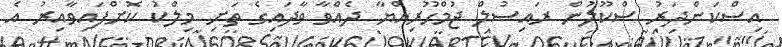
އިސްކަންދަރު ސްކޫލުން ރައިސުލް ޖުމްހޫރިއްޔާ ދެއްވާ ވާދައިގެ ތަށި މިލްކު ކޮށްފައިވާއިރު އެ